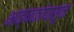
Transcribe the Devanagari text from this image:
भक्षकांपासून